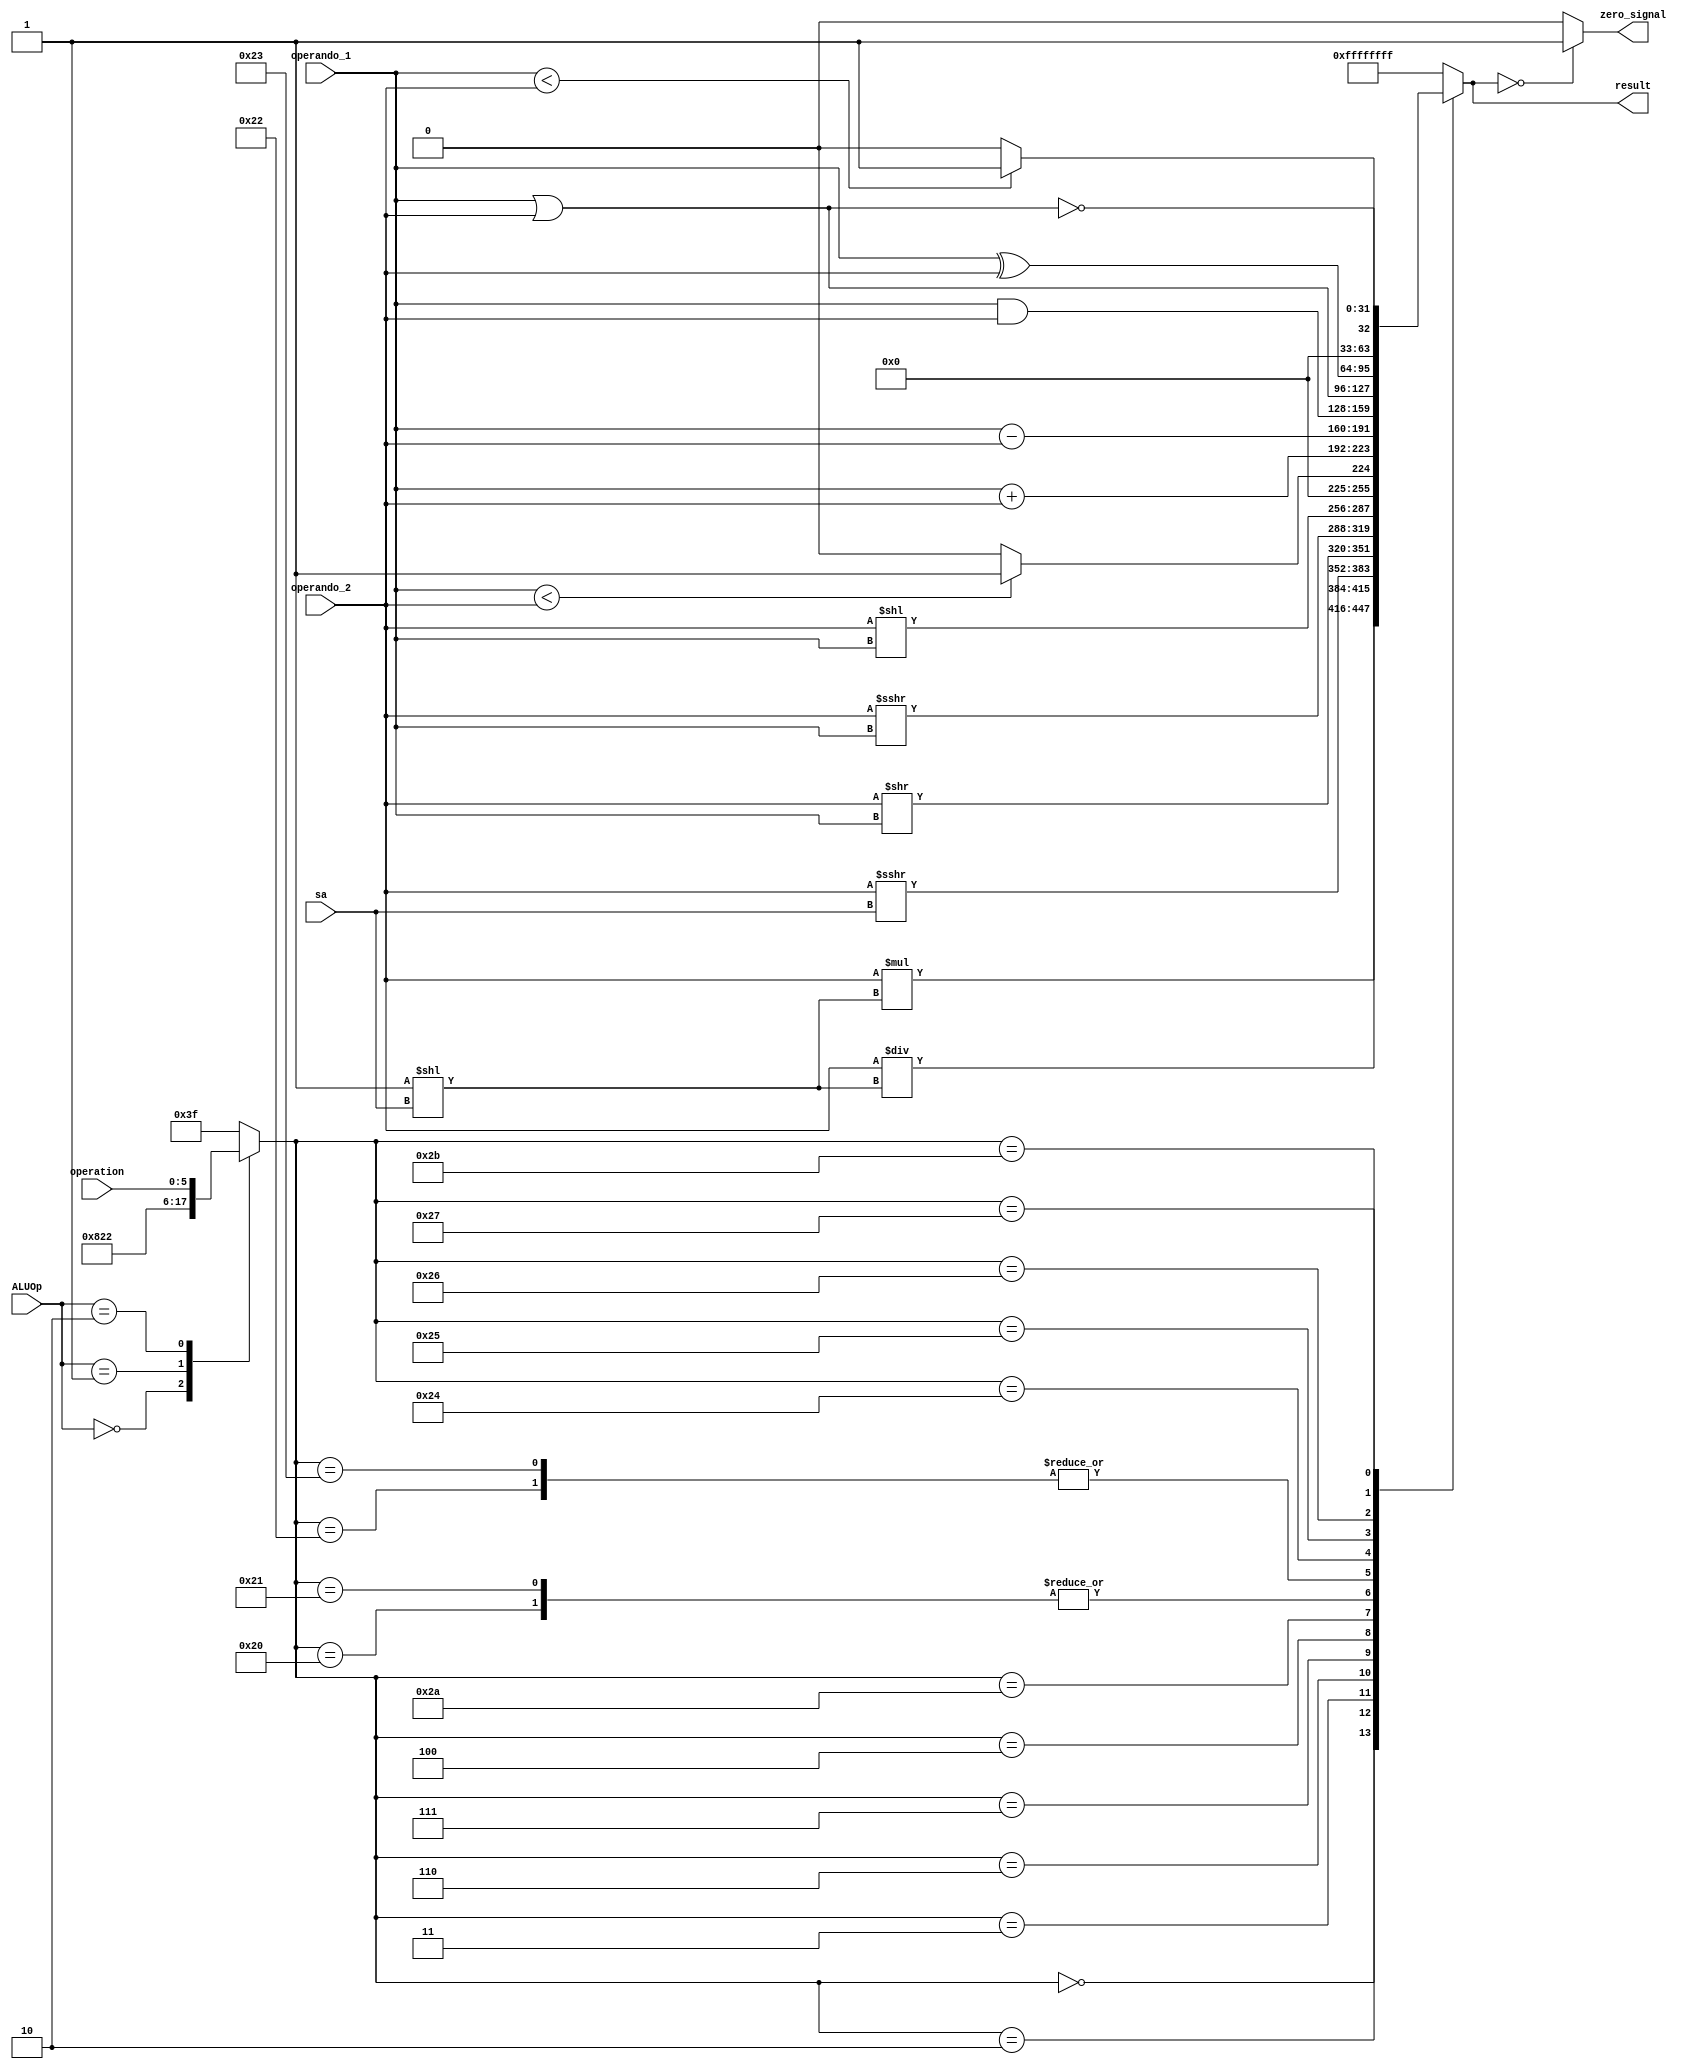
`timescale 1ns / 1ps
//////////////////////////////////////////////////////////////////////////////////
// Company: 
// Engineer: 
// 
// Design Name: 
// Module Name:    alu 
// Project Name: 
// Target Devices: 
// Tool versions: 
// Description: 
//
// Dependencies: 
//
// Revision: 
// Revision 0.01 - File Created
// Additional Comments: 
//
//////////////////////////////////////////////////////////////////////////////////
module alu(
    input [31:0] operando_1,
    input [31:0] operando_2,
	 input [4:0] sa,
	 input [1:0]ALUOp,
	 input [5:0]operation,
    output reg [31:0] result,
	 output reg zero_signal
    );
	 
	initial
	begin
		result = 0;
		zero_signal = 0;
	end
	
	reg [5:0]op = 0;

	
	always@*
	begin
		case(ALUOp)
			2'b00:
				op=6'b100000;
			2'b01:
				op=6'b100010;
			2'b10:
				op=operation;
			default:
				op=6'b111111;
		endcase
	end
	
	
	always @*
	begin
		case (op)
			//SLL
			6'b000000:
				result <= operando_2 * 2**sa;
						
			//SRL
			6'b000010:
				result <= operando_2 / 2**sa;
					
    		//SRA
			6'b000011:
				result <= $signed(operando_2) >>> sa;
		
			//SRLV
			6'b000110:
				result <= operando_2 >> operando_1;

			//SRAV
			6'b000111:
				result <= $signed(operando_2) >>> operando_1;

			//ADD
			6'b100000:
				result <= operando_1 + operando_2;
						
			//SLLV
			6'b000100:
				result <= operando_2 << operando_1;
						
			//SUB
			6'b100010:
				result <= operando_1 - operando_2;
					
			//SLT
			6'b101010:
				result <= ($signed(operando_1) < $signed(operando_2)) ? 1 : 0;
					
			//ADDU
			6'b100001:
				result <= operando_1 + operando_2;
				
			//SUBU
			6'b100011:
				result <= operando_1 - operando_2;
				
			//AND
			6'b100100:
				result <= operando_1 & operando_2;
						
			//OR
			6'b100101:
				result <= operando_1 | operando_2;
				
			//XOR
			6'b100110:
				result <= operando_1 ^ operando_2;
				
			//SLTU
			6'b101011:
				result <= (operando_1 < operando_2) ? 1 : 0;
				   
			//NOR
			6'b100111:
				result <= ~(operando_1 | operando_2);
				
/*			//JR //NO SE QUE MIERDA HACE LA ALU				
			6'b001000:
				result <= operando_1 - operando_2;
						
			//JALR //NO SE QUE MIERDA HACE LA ALU
			6'b001001:
				result <= operando_1 - operando_2;
*/
				
			default:
				result <= {32{1'b1}};
		endcase
	end

	always @*
	begin
		if(result == 0) 
			zero_signal = 1;
		else 
			zero_signal = 0;
	end


endmodule